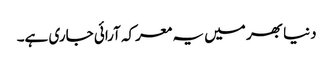
دنیا بھر میں یہ معرکہ آرائی جاری ہے۔